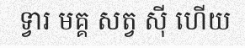
ទ្វារ មគ្គ សត្វ ស៊ី ហើយ